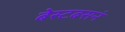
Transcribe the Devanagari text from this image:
बेस्टबसनं